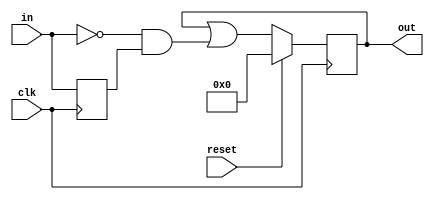
module top_module (
    input clk,
    input reset,
    input [31:0] in,
    output [31:0] out
);
    
    reg[31:0] previous, edges;
    
    always @ ( posedge clk ) begin
        if ( reset ) begin
            edges <= 0;
        	previous <= in;
        end else begin
            previous <= in;
            edges  <= edges | ~in & previous;
        end
    end // always

    assign out = edges;
endmodule